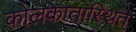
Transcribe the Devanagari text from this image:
कोलकातास्थित